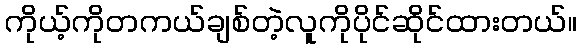
ကိုယ့်ကိုတကယ်ချစ်တဲ့လူကိုပိုင်ဆိုင်ထားတယ်။